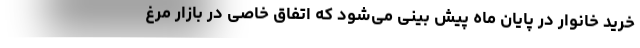
خرید خانوار در پایان ماه پیش بینی می‌شود که اتفاق خاصی در بازار مرغ